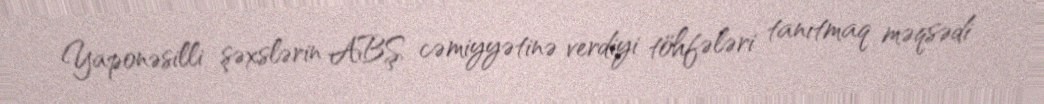
Yaponəsilli şəxslərin ABŞ cəmiyyətinə verdiyi töhfələri tanıtmaq məqsədi